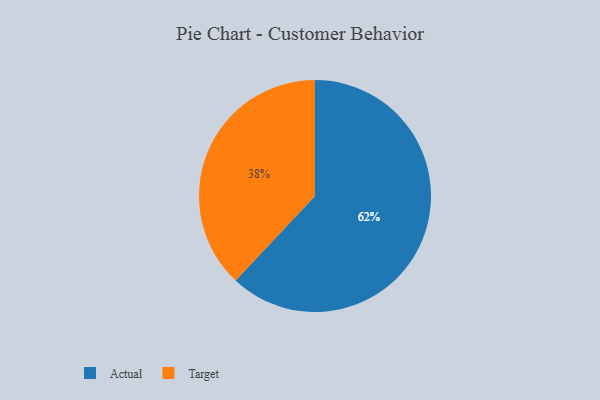
{"axis": {"x": "Category", "y": "Percentage"}, "legend": ["Actual", "Target"], "data": [{"x": "Target", "y": 38, "type": "Target"}, {"x": "Actual", "y": 62, "type": "Actual"}]}